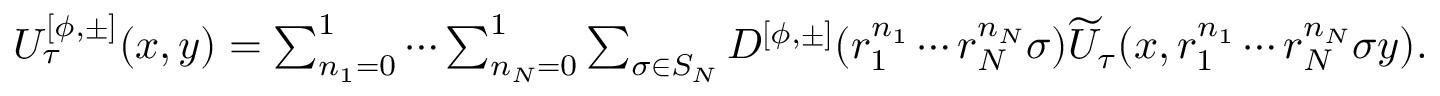
\begin{array} { r } { U _ { \tau } ^ { [ \phi , \pm ] } ( x , y ) = \sum _ { n _ { 1 } = 0 } ^ { 1 } \cdots \sum _ { n _ { N } = 0 } ^ { 1 } \sum _ { \sigma \in S _ { N } } D ^ { [ \phi , \pm ] } ( r _ { 1 } ^ { n _ { 1 } } \cdots r _ { N } ^ { n _ { N } } \sigma ) \widetilde { U } _ { \tau } ( x , r _ { 1 } ^ { n _ { 1 } } \cdots r _ { N } ^ { n _ { N } } \sigma y ) . } \end{array}